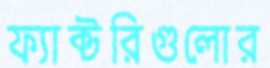
ফ্যাক্টরিগুলোর